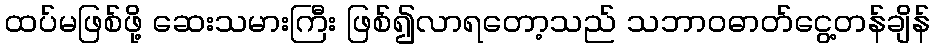
ထပ်မဖြစ်ဖို့ ဆေးသမားကြီး ဖြစ်၍လာရတော့သည် သဘာဝဓာတ်ငွေ့တန်ချိန်